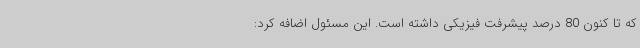
که تا کنون 80 درصد پیشرفت فیزیکی داشته است. این مسئول اضافه کرد: